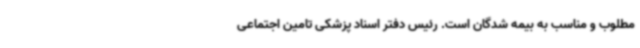
مطلوب و مناسب به بیمه شدگان است. رئیس دفتر اسناد پزشکی تامین اجتماعی